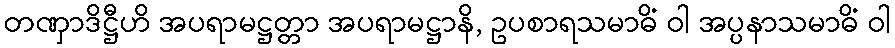
တဏှာဒိဋ္ဌီဟိ အပရာမဋ္ဌတ္တာ အပရာမဋ္ဌာနိ, ဥပစာရသမာဓိံ ဝါ အပ္ပနာသမာဓိံ ဝါ